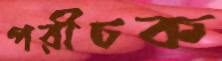
পরীচক